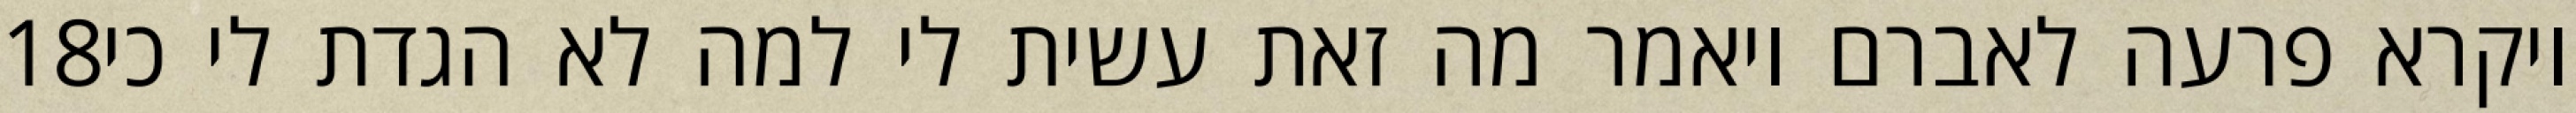
‎18‏ ויקרא פרעה לאברם ויאמר מה זאת עשית לי למה לא הגדת לי כי